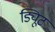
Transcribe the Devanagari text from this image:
ड्यिूट